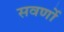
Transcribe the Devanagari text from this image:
सवर्णो